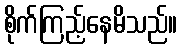
စိုက်ကြည့်နေမိသည်။